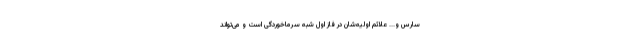
سارس و... علائم اولیه‌شان در فاز اول شبه سرماخوردگی است و می‌تواند